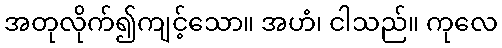
အတုလိုက်၍ကျင့်သော။ အဟံ၊ ငါသည်။ ကုလေ